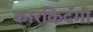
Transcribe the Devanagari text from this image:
कारकिर्दगी